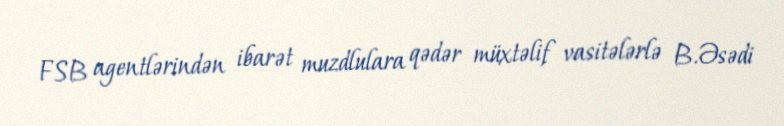
FSB agentlərindən ibarət muzdlulara qədər müxtəlif vasitələrlə B.Əsədi